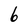
Character: 6